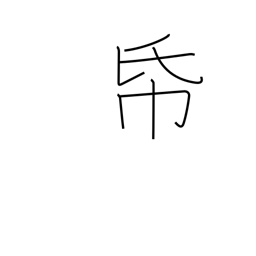
Meaning: stationary